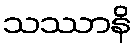
သဿာနိ